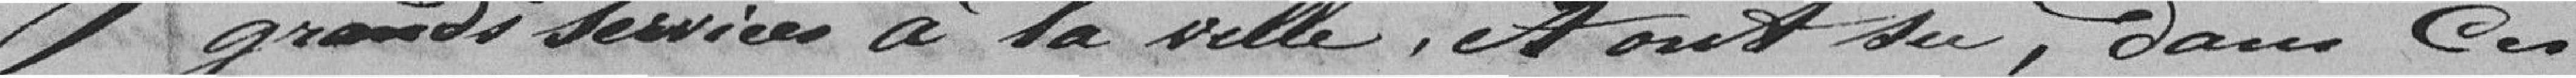
Dr Services à la with, tout ou, Dans Ces